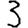
Digit: 3